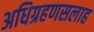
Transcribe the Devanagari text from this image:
अधिग्रहणसलाह